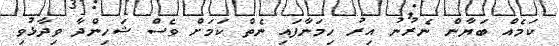
ކަމެއް ބަޔާން ނެރުނު އިރު ހިމަނާފައި ނެތް ކަމަށް ވެސް ޝަހިންދާ ވިދާޅުވި